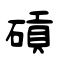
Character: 碽